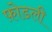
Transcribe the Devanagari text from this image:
फ़ोडली